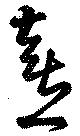
喜